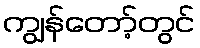
ကျွန်တော့်တွင်